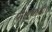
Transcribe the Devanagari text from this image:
पी।एच।डी।